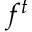
f ^ { t }